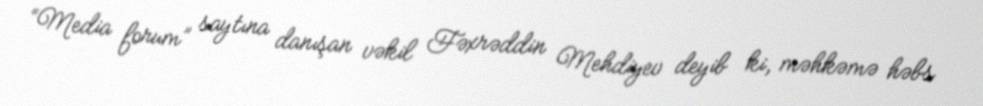
“Media forum” saytına danışan vəkil Fəxrəddin Mehdiyev deyib ki, məhkəmə həbs